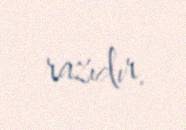
razıdır.